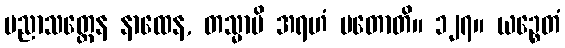
ပညာသတ္ထေန နာထေန, တသ္မာပိ အရဟံ မတောတိ။ ၁၂၇။ ယဉ္စေတံ